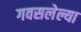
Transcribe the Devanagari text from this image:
गवसलेल्या